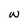
Character: w